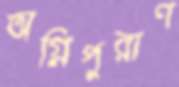
অগ্নিপুরাণ